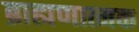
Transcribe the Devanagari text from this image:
ब्राह्मणात्मक